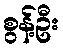
စွန့်ဦး